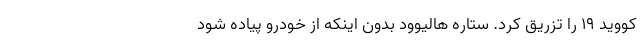
کووید ۱۹ را تزریق کرد. ستاره هالیوود بدون اینکه از خودرو پیاده شود